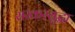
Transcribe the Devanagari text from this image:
सरकरसुद्धा